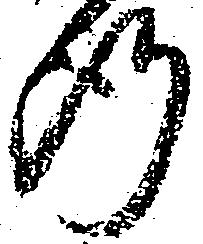
断